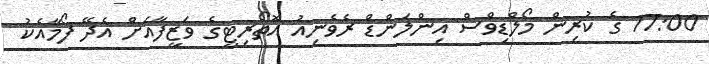
17:00 ގެ ކުރިން މޯލްޑިވްސް އިންލަންޑް ރެވެނިއު އޮތޯރިޓީގެ ވަޒީފާއަށް އެދޭ ފޯމާއެކު